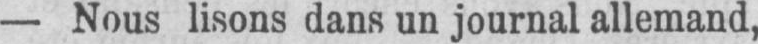
- Nous lisons dans un journal allemand,